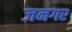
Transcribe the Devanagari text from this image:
जनगर